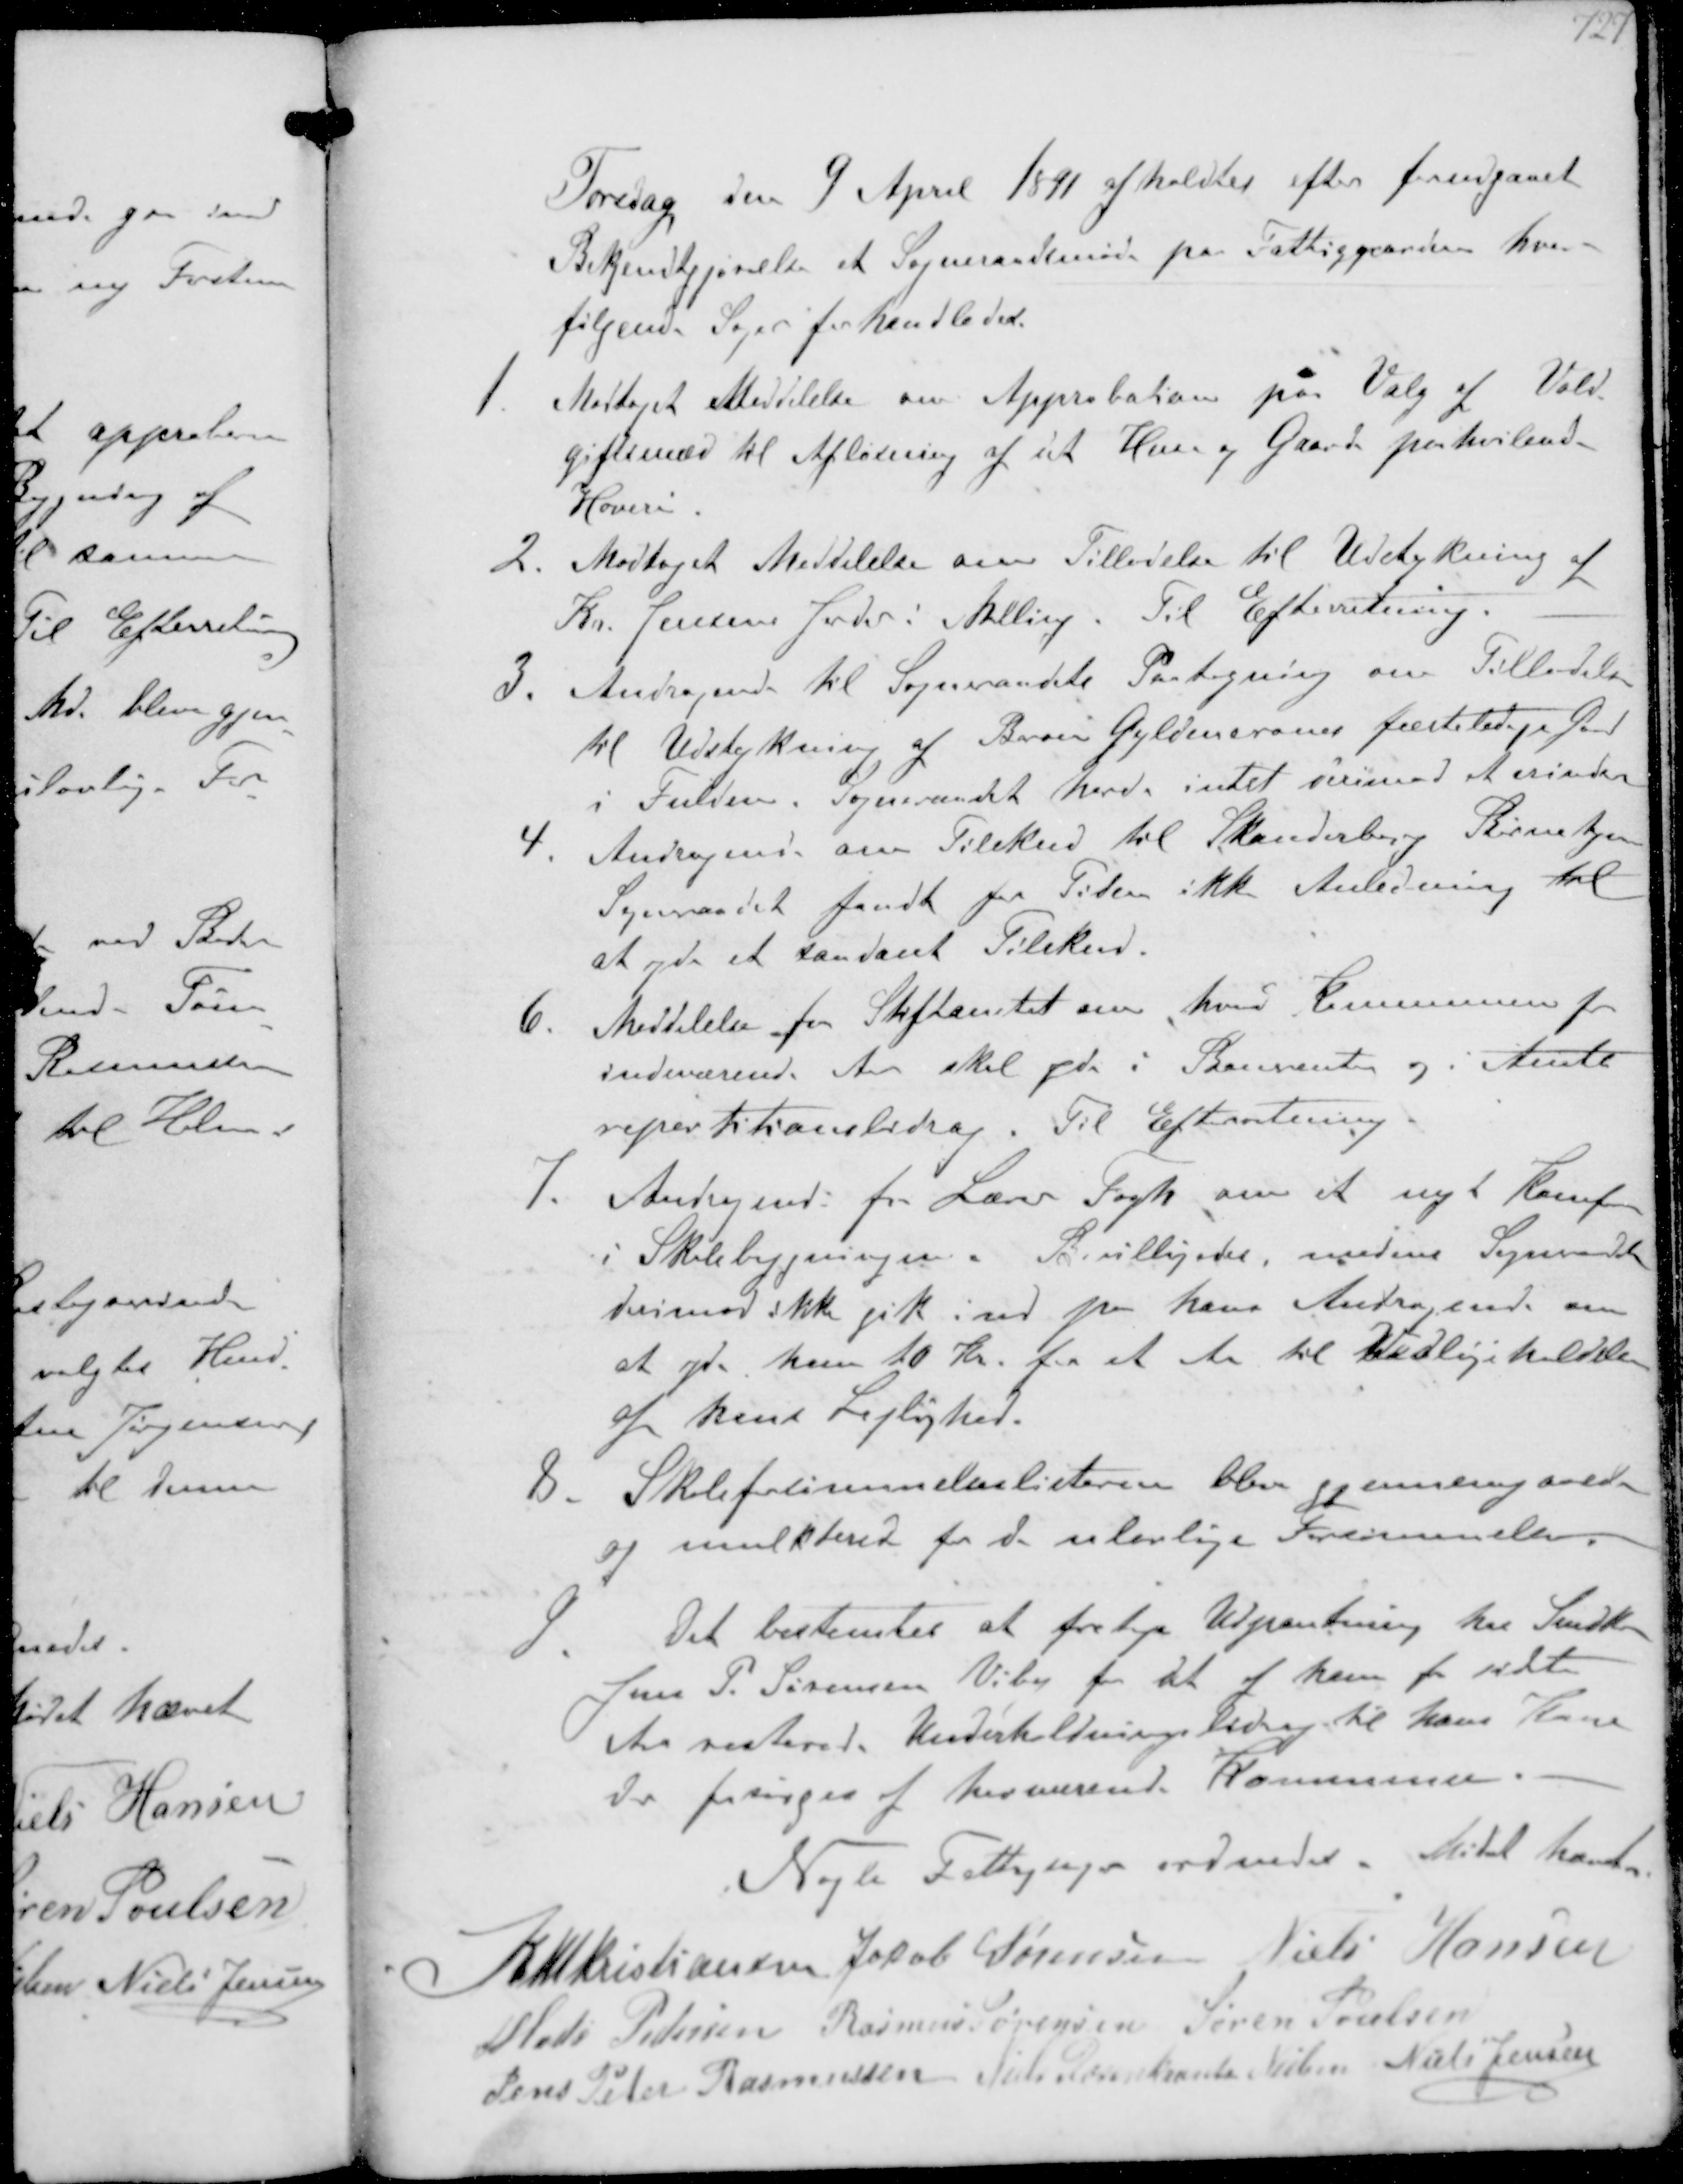
Transskription:
Torsdag den 9 April 1891 afholdtes efter forudgaaet
Bekjendtgjørelse et Sogneraadsmøde pa Fattiggaarden hvor
følgende Sager forhandledes.
1. Modtaget Meddelelse om Approbation paa Valg af Vold-
giftsmæd til Afløsning af det Hus og Gaard paahvilende
Hoveri
2. Modtaget Meddelelse om Tilladelse til Udstykning af
Kr. Jensens Jorder i Malling. Til Efterretning
3. Andragende til Sogneraadets Paategning om Tilladelse
til Udstykning af Baron Gyldencrones fæsteledige Gaard
i Fulden. Sogneraadet havde intet derimod et erindre
4. Andragende om Tilskud til Skanderborg Børnehjem
Sogneraadet fandt for Tiden ikke Anledning til
at yde et saadant Tilskud.
6. Meddelelse fra Stiftamtet om hvad Kommunen for
indeværende Aar skal yde i Banerenter og i Amts-
repartitionbidrag. Til Efteretning
7. Andragende fra Lærer Fogh om et nyt Komfur
i Skolebygninger. Bevilligedes, medens Sogneaadet
derimod ikke gik ind paa hans Andragende om
at yde ham 10 Kr for et Aar til Vedligeholdelse
af hans Lejlighed.
8. Skoleforsømmelseslisterne blev gjemmegaaede
og mulkterede for de ulovlige Forsømmelser.
9 Det bestemtes at foretage Udpantning hos Snedker
Jens P. Sørensen Viby for det af ham for sidste
Aar resterende. Underholdningsbidrag til hans Kone
der forsørges af herværende Kommune
Nogle Fattigsager ordnedes. Mødet hævet
K N M Kristiansen Jakob Sørensen Niels Hansen
Mads Pedersen Rasmus Sørensen Søren Poulsen
Jens Peter Rasmussen Niels Rosenkrands Nielsen Niels Jensen